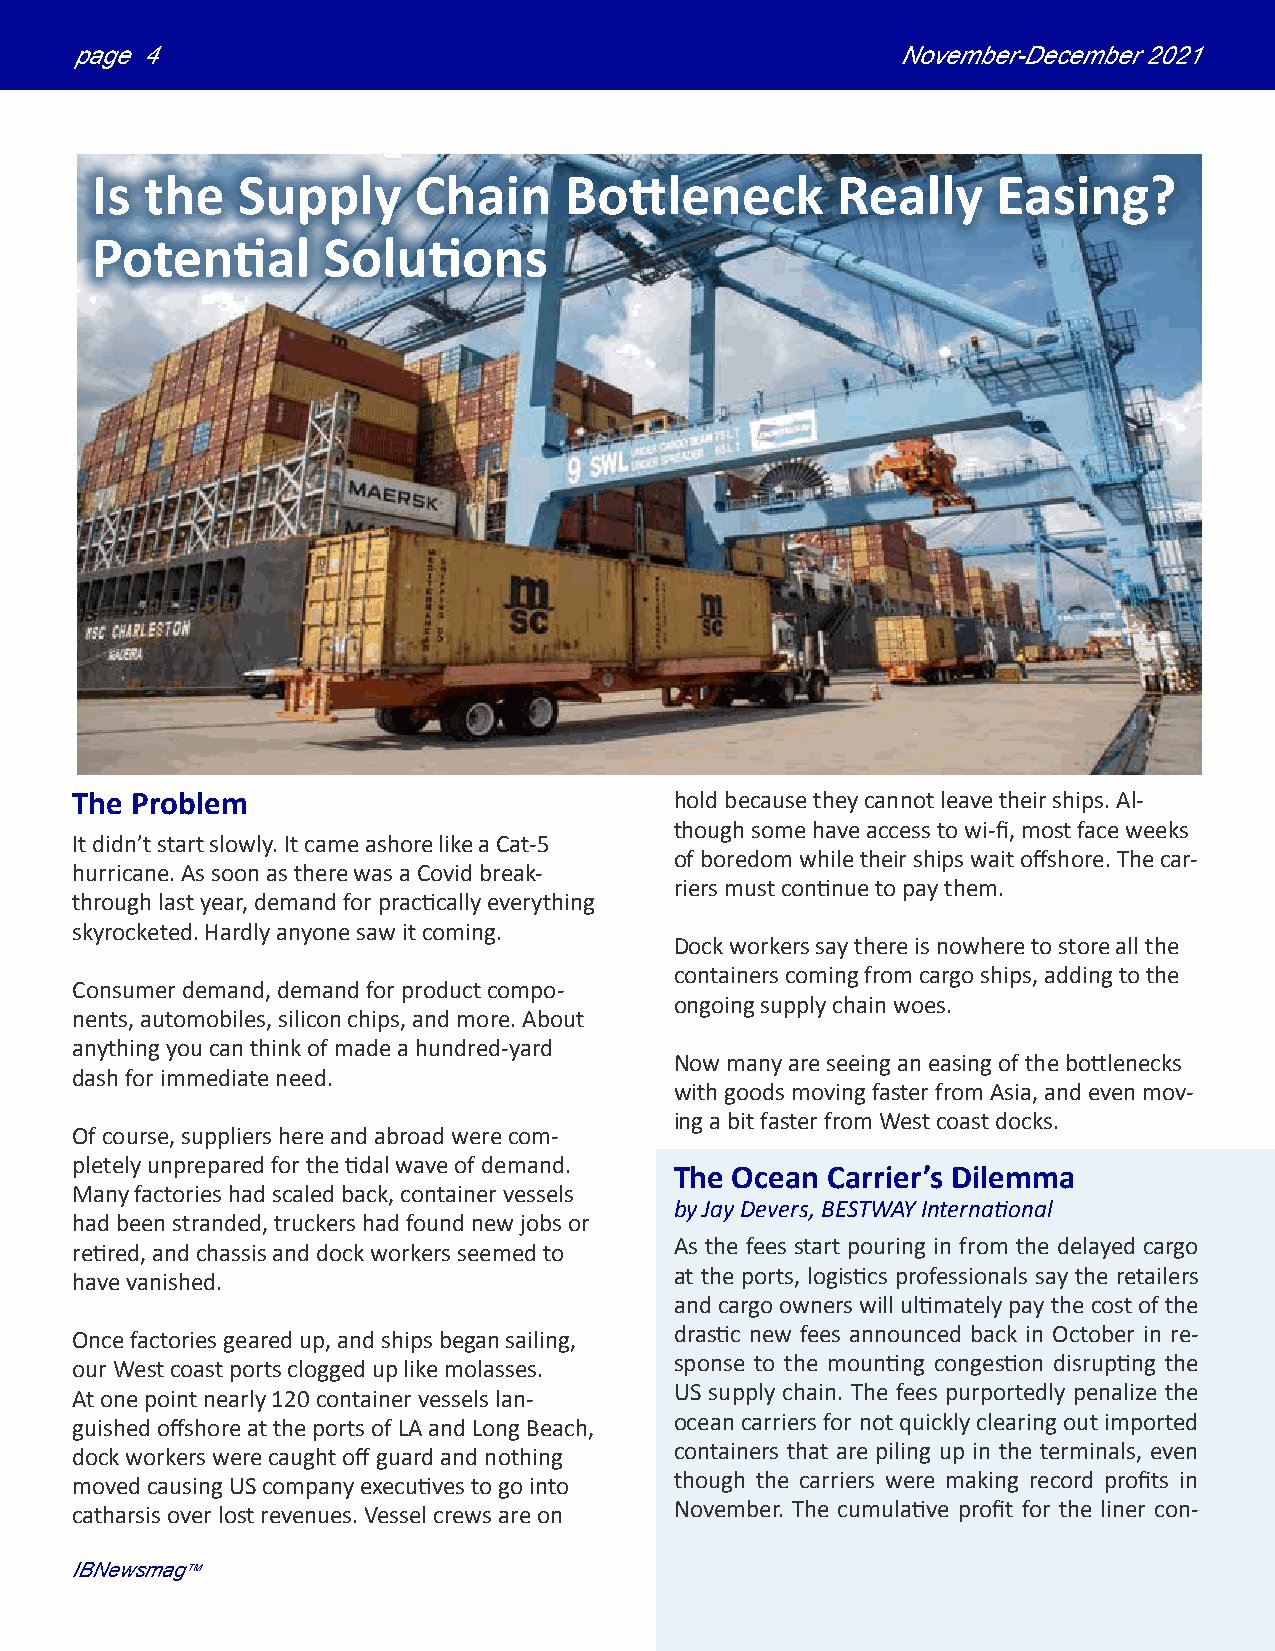
page 4                                                November-December 2021
 Is  the   Supply     Chain     Bottleneck        Really     Easing?
 Potential      Solutions
 The Problem                             hold because they cannot leave their ships. Al-
 though some have access to wi-fi, most face weeks
 It didn’t start slowly. It came ashore like a Cat-5
 of boredom while their ships wait offshore. The car-
 hurricane. As soon as there was a Covid break-
 riers must continue to pay them.
 through last year, demand for practically everything
 skyrocketed. Hardly anyone saw it coming.
 Dock workers say there is nowhere to store all the
 containers coming from cargo ships, adding to the
 Consumer demand, demand for product compo-
 ongoing supply chain woes.
 nents, automobiles, silicon chips, and more. About
 anything you can think of made a hundred-yard
 Now many are seeing an easing of the bottlenecks
 dash for immediate need.
 with goods moving faster from Asia, and even mov-
 ing a bit faster from West coast docks.
 Of course, suppliers here and abroad were com-
 pletely unprepared for the tidal wave of demand.
 The Ocean Carrier’s Dilemma
 Many factories had scaled back, container vessels
 by Jay Devers, BESTWAY International
 had been stranded, truckers had found new jobs or
 As the fees start pouring in from the delayed cargo
 retired, and chassis and dock workers seemed to
 at the ports, logistics professionals say the retailers
 have vanished.
 and cargo owners will ultimately pay the cost of the
 drastic new fees announced back in October in re-
 Once factories geared up, and ships began sailing,
 sponse to the mounting congestion disrupting the
 our West coast ports clogged up like molasses.
 US supply chain. The fees purportedly penalize the
 At one point nearly 120 container vessels lan-
 ocean carriers for not quickly clearing out imported
 guished offshore at the ports of LA and Long Beach,
 containers that are piling up in the terminals, even
 dock workers were caught off guard and nothing
 though the carriers were making record profits in
 moved causing US company executives to go into
 November. The cumulative profit for the liner con-
 catharsis over lost revenues. Vessel crews are on
 IBNewsmagTM